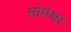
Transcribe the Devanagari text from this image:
सोमेश्नर